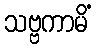
သဗ္ဗကာမိံ